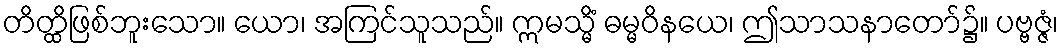
တိတ္ထိဖြစ်ဘူးသော။ ယော၊ အကြင်သူသည်။ ဣမသ္မိံ ဓမ္မဝိနယေ၊ ဤသာသနာတော်၌။ ပဗ္ဗဇ္ဇံ၊